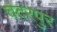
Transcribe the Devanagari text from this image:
चंदरपुर